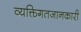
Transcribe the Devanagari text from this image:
व्यक्तिगतजानकारी